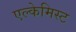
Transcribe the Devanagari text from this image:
एल्केमिस्ट